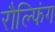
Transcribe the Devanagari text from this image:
रौल्फिंग